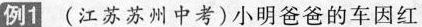
例1 (江苏苏州中考)小明爸爸的车因红